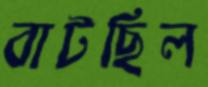
বাটছিল